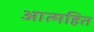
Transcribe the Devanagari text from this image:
आत्महित